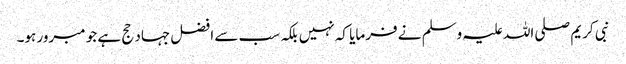
نبی کریم صلی اللہ علیہ وسلم نے فرمایا کہ نہیں بلکہ سب سے افضل جہاد حج ہے جو مبرور ہو۔